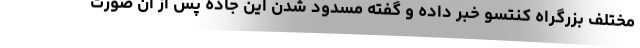
مختلف بزرگراه کنتسو خبر داده و گفته مسدود شدن این جاده پس از آن صورت